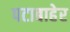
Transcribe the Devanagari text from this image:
पटाबाहेर